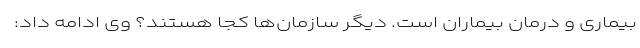
بیماری و درمان بیماران است. دیگر سازمان‌ها کجا هستند؟ وی ادامه داد: